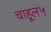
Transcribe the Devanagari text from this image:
चाहूल५